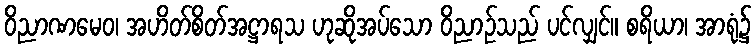
ဝိညာဏမေဝ၊ အဟိတ်စိတ်အဋ္ဌာရသ ဟုဆိုအပ်သော ဝိညာဉ်သည် ပင်လျှင်။ စရိယာ၊ အာရုံ၌